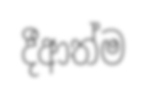
දීආත්ම